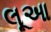
લૂઆ